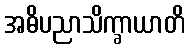
အဓိပညာသိက္ခာယာတိ